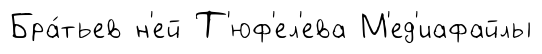
Бра́тьев н'ей Т'юф'ел'ева М'ед'иафайлы